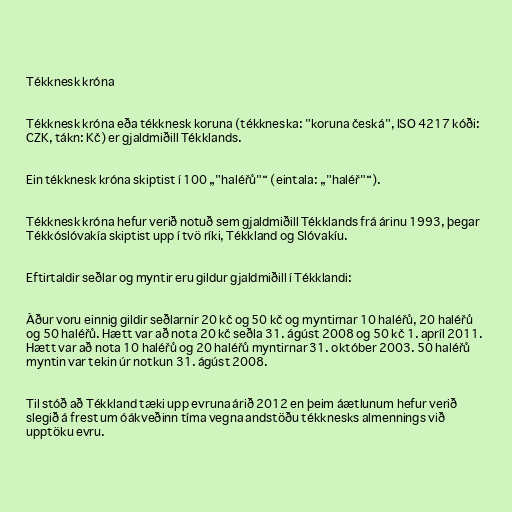
Tékknesk króna

Tékknesk króna eða tékknesk koruna (tékkneska: "koruna česká", ISO 4217 kóði:
CZK, tákn: Kč) er gjaldmiðill Tékklands.

Ein tékknesk króna skiptist í 100 „"haléřů"“ (eintala: „"haléř"“).

Tékknesk króna hefur verið notuð sem gjaldmiðill Tékklands frá árinu 1993, þegar
Tékkóslóvakía skiptist upp í tvö ríki, Tékkland og Slóvakíu.

Eftirtaldir seðlar og myntir eru gildur gjaldmiðill í Tékklandi:

Áður voru einnig gildir seðlarnir 20 kč og 50 kč og myntirnar 10 haléřů, 20 haléřů
og 50 haléřů. Hætt var að nota 20 kč seðla 31. ágúst 2008 og 50 kč 1. apríl 2011.
Hætt var að nota 10 haléřů og 20 haléřů myntirnar 31. október 2003. 50 haléřů
myntin var tekin úr notkun 31. ágúst 2008.

Til stóð að Tékkland tæki upp evruna árið 2012 en þeim áætlunum hefur verið
slegið á frest um óákveðinn tíma vegna andstöðu tékknesks almennings við
upptöku evru.